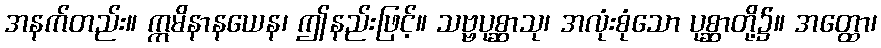
အနက်တည်း။ ဣမိနာနယေန၊ ဤနည်းဖြင့်။ သဗ္ဗပုစ္ဆာသု၊ အလုံးစုံသော ပုစ္ဆာတို့၌။ အတ္ထော၊